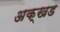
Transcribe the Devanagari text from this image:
अक्खड